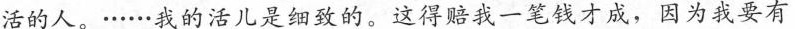
活的人。·.····我的活儿是细致的。这得赔我一笔钱才成，因为我要有